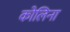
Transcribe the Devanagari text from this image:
कोलिना